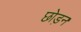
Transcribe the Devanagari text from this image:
छोड़न